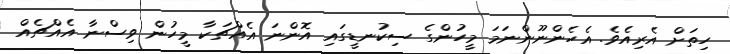
ހިތަށް އެރިއެވެ. އެހެންނޫންނަމަ މީހުންގެ ސިކުނޑީގައި އޮންނަ އެއްޗަކާ މީހުން ވިސްނާ އެއްޗެއް